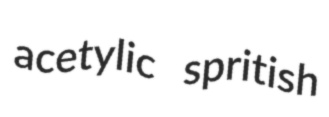
acetylic spritish